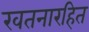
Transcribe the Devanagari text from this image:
खतनारहित